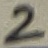
Text: 2